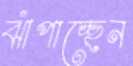
ঝাঁপাচ্ছেন